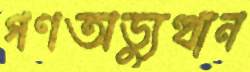
গণঅভ্যুত্থান